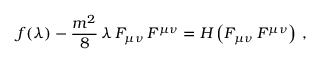
f ( \lambda ) - \frac { m ^ { 2 } } { 8 } \, \lambda \, F _ { \mu \nu } \, F ^ { \mu \nu } = H \left( F _ { \mu \nu } \, F ^ { \mu \nu } \right) \, ,